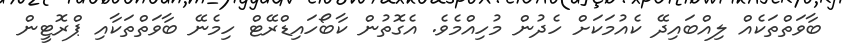
ބާވަތްތަކެއް ލިއްބައިދޭ ކެއުމަކަށް ހެދުން މުހިއްމެވެ. އެގޮތުން ކާބޯހައިޑްރޭޓް ހިމެނޭ ބާވަތްތަކާއި ޕްރޮޓީން